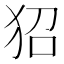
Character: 㹦